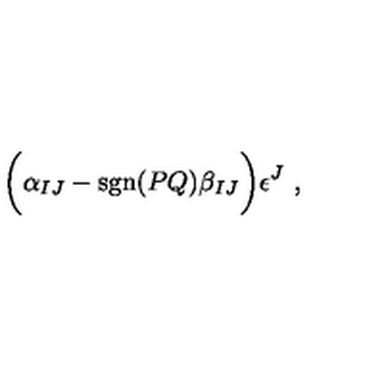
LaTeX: \biggl ( \alpha _ { I J } - \mathrm { s g n } ( P Q ) \beta _ { I J } \biggr ) \epsilon ^ { J } \ ,